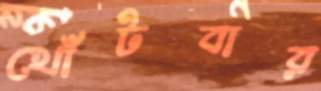
খোঁটবার